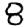
Digit: 8